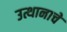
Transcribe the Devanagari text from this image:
उत्थानाचे